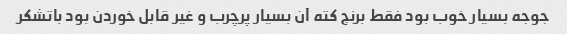
جوجه بسیار خوب بود فقط برنج کته آن بسیار پرچرب و غیر قابل خوردن بود باتشکر